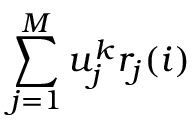
\sum _ { j = 1 } ^ { M } u _ { j } ^ { k } r _ { j } ( i )